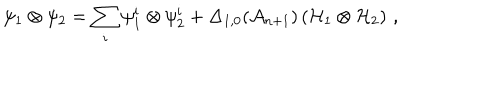
\psi _ { 1 } \otimes \psi _ { 2 } = \sum _ { i } \psi _ { 1 } ^ { i } \otimes \psi _ { 2 } ^ { i } + \Delta _ { 1 , 0 } ( { \cal A } _ { n + 1 } ) \left( { \cal H } _ { 1 } \otimes { \cal H } _ { 2 } \right) \, ,